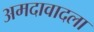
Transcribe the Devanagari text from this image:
अमदावादला